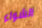
الشواء